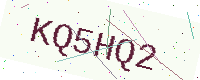
Text: KQ5HQ2